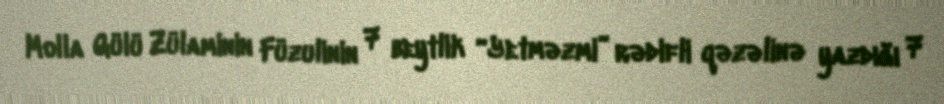
Molla Gülü Zülaminin Füzulinin 7 beytlik “Yetməzmi” rədifli qəzəlinə yazdığı 7